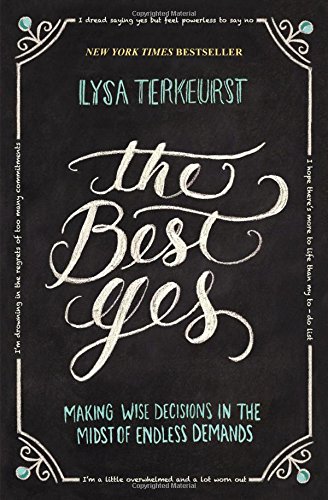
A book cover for The Best Yes: Making Wise Decisions in the Midst of Endless Demands; Lysa TerKeurst; Christian Books & Bibles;